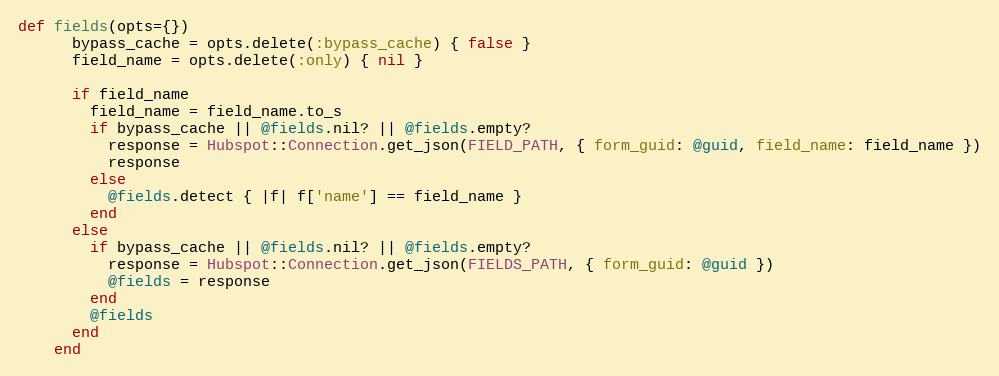
Language: Ruby
def fields(opts={})
      bypass_cache = opts.delete(:bypass_cache) { false }
      field_name = opts.delete(:only) { nil }

      if field_name
        field_name = field_name.to_s
        if bypass_cache || @fields.nil? || @fields.empty?
          response = Hubspot::Connection.get_json(FIELD_PATH, { form_guid: @guid, field_name: field_name })
          response
        else
          @fields.detect { |f| f['name'] == field_name }
        end
      else
        if bypass_cache || @fields.nil? || @fields.empty?
          response = Hubspot::Connection.get_json(FIELDS_PATH, { form_guid: @guid })
          @fields = response
        end
        @fields
      end
    end